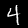
Digit: 4